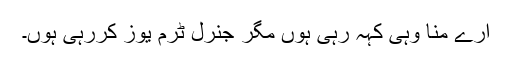
ارے منا وہی کہہ رہی ہوں مگر جنرل ٹرم یوز کررہی ہوں۔